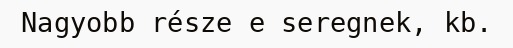
Nagyobb része e seregnek, kb.